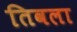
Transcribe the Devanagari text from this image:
तिवला